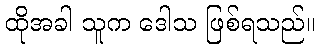
ထိုအခါ သူက ဒေါသ ဖြစ်ရသည်။